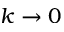
k \rightarrow 0